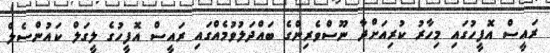
ރައީސް އޮފީހުގައި މިހާރު ކުރިއަށްދާ ނޫސްވެރިންގެ ބައްދަލުވުމެއްގައި ރައީސް އޮފީހުގެ ލީގަލް ކައުންސެލް